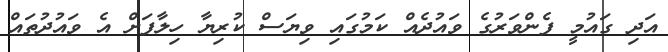
އަދި ގައުމީ ފެންވަރުގެ ވައުދެއް ކަމުގައި ވިޔަސް ކުރިޔާ ހިލާފަށް އެ ވައުދުތައް